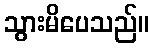
သွားမိပေသည်။